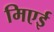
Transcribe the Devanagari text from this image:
मिएई